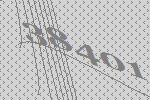
38401